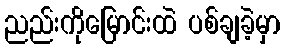
ညည်းကိုမြောင်းထဲ ပစ်ချခဲ့မှာ